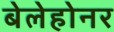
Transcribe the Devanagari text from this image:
बेलेहोनर